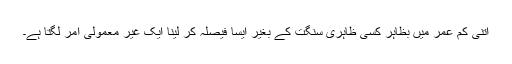
اتنی کم عمر میں بظاہر کسی ظاہری سنگت کے بغیر ایسا فیصلہ کر لینا ایک غیر معمولی امر لگتا ہے۔